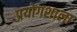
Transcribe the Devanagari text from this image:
प्रयोंगशाला